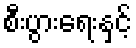
စီးပွားရေးနှင့်